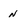
Character: n